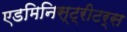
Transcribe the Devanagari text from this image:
एडमिनिस्ट्रीटर्स